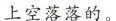
上空落落的。